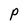
Character: P